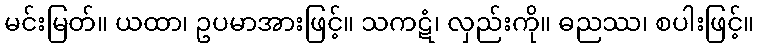
မင်းမြတ်။ ယထာ၊ ဥပမာအားဖြင့်။ သကဋံ၊ လှည်းကို။ ဓညဿ၊ စပါးဖြင့်။